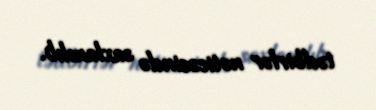
tədbirlər nəticəsində saxlanılıb.